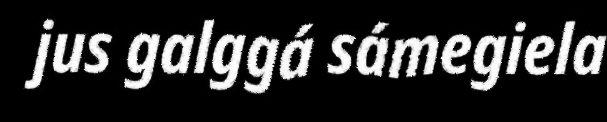
jus galggá sámegiela